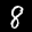
Label: 8